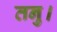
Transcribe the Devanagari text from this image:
तनु।